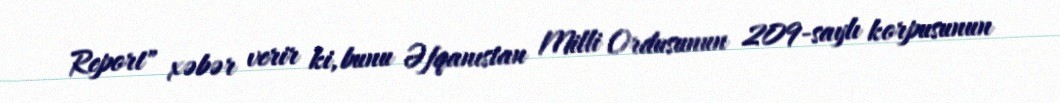
Report" xəbər verir ki, bunu Əfqanıstan Milli Ordusunun 209-saylı korpusunun